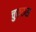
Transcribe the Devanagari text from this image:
चुकरुस